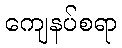
ကျေနပ်စရာ